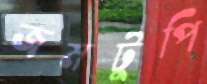
জমটুপি